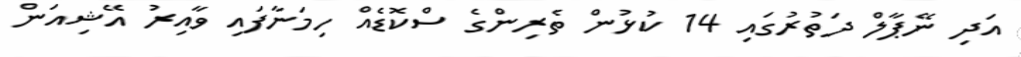
އަދި ނޭޕާލް ދަތުރުގައި 14 ކުޅުން ތެރިންގެ ސްކޮޑެއް ހިމަނާފައި ވާއިރު އޭޝިއަން